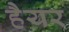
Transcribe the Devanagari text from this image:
हैयर